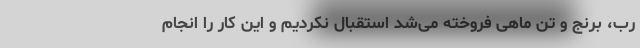
رب، برنج و تن ماهی فروخته می‌شد استقبال نکردیم و این کار را انجام